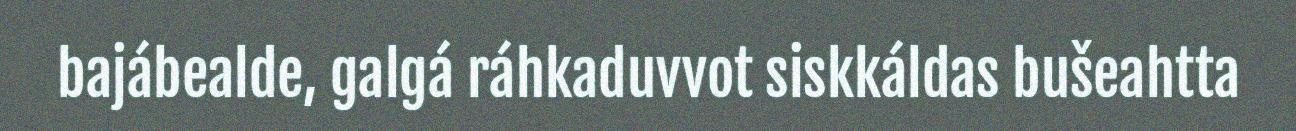
bajábealde, galgá ráhkaduvvot siskkáldas bušeahtta